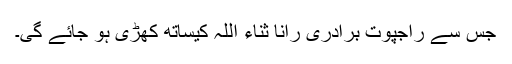
جس سے راجپوت برادری رانا ثناء اللہ کیساتھ کھڑی ہو جائے گی۔